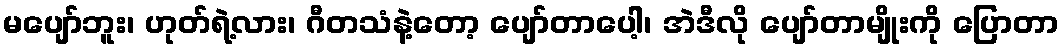
မပျော်ဘူး၊ ဟုတ်ရဲ့လား၊ ဂီတသံနဲ့တော့ ပျော်တာပေါ့၊ အဲဒီလို ပျော်တာမျိုးကို ပြောတာ